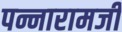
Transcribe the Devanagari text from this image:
पन्नारामजी